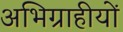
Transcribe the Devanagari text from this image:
अभिग्राहीयों